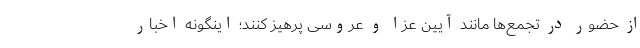
از حضور در تجمع‌ها مانند آیین عزا و عروسی پرهیز کنند؛ اینگونه اخبار